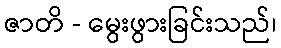
ဇာတိ - မွေးဖွားခြင်းသည်၊